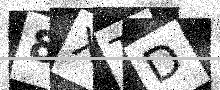
Text: 8XTD